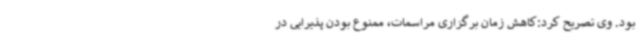
بود. وی تصریح کرد:کاهش زمان برگزاری مراسمات، ممنوع بودن پذیرایی در